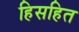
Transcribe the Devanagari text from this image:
हिसहित